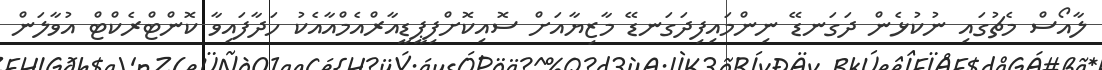
ލާއޯސް މެޗުގައި ނުކުޅެން ދަގަނޑޭ ނިންމައިފިދަގަނޑޭ މާޒިޔާއަށް ސޮއިކޮށްފިޕީޑީއާރްއެމްއާއެކު ހަދާފައިވާ ކޮންޓްރެކްޓް އުވާލަން